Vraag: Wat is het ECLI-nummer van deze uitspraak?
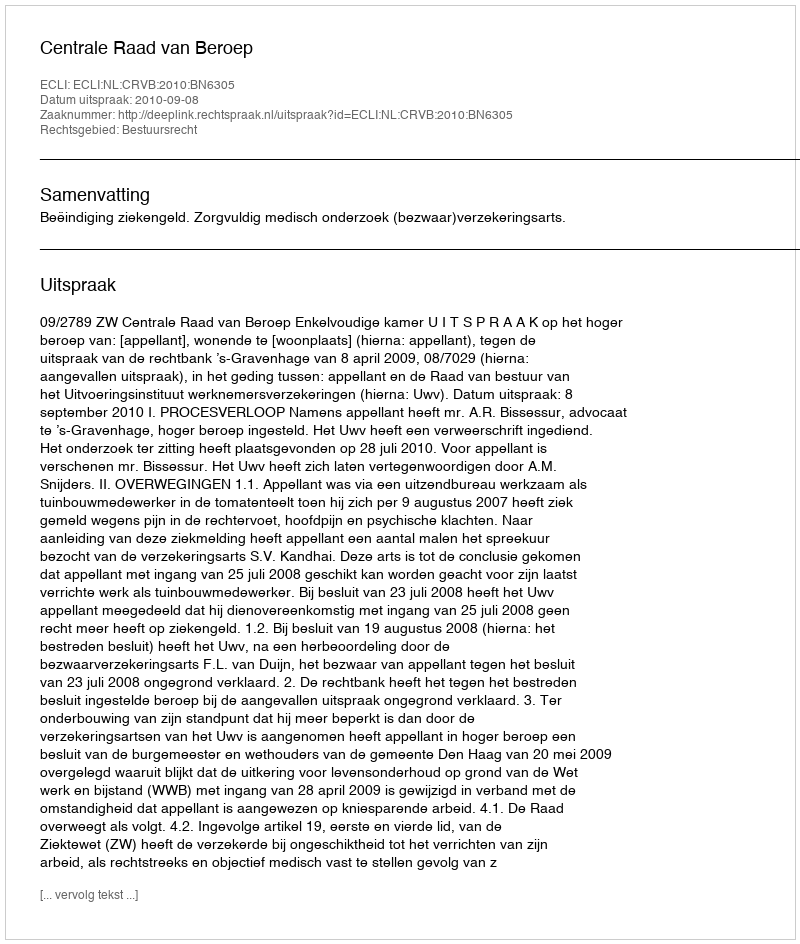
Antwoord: ECLI:NL:CRVB:2010:BN6305